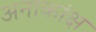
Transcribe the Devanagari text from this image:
अनाकांक्ष